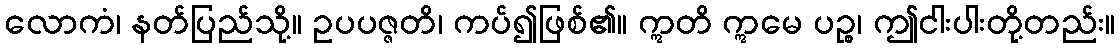
လောကံ၊ နတ်ပြည်သို့။ ဥပပဇ္ဇတိ၊ ကပ်၍ဖြစ်၏။ ဣတိ ဣမေ ပဉ္စ၊ ဤငါးပါးတို့တည်း။